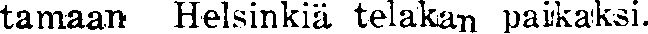
tamaan Helsinkiä telakan paikaksi.